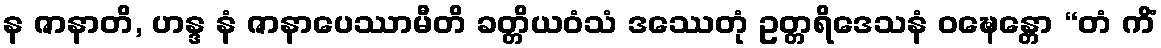
န ဇာနာတိ, ဟန္ဒ နံ ဇာနာပေဿာမီတိ ခတ္တိယဝံသံ ဒဿေတုံ ဥတ္တရိဒေသနံ ဝဍ္ဎေန္တော “တံ ကိံ